Tartu_linnavalitsus, lk 32
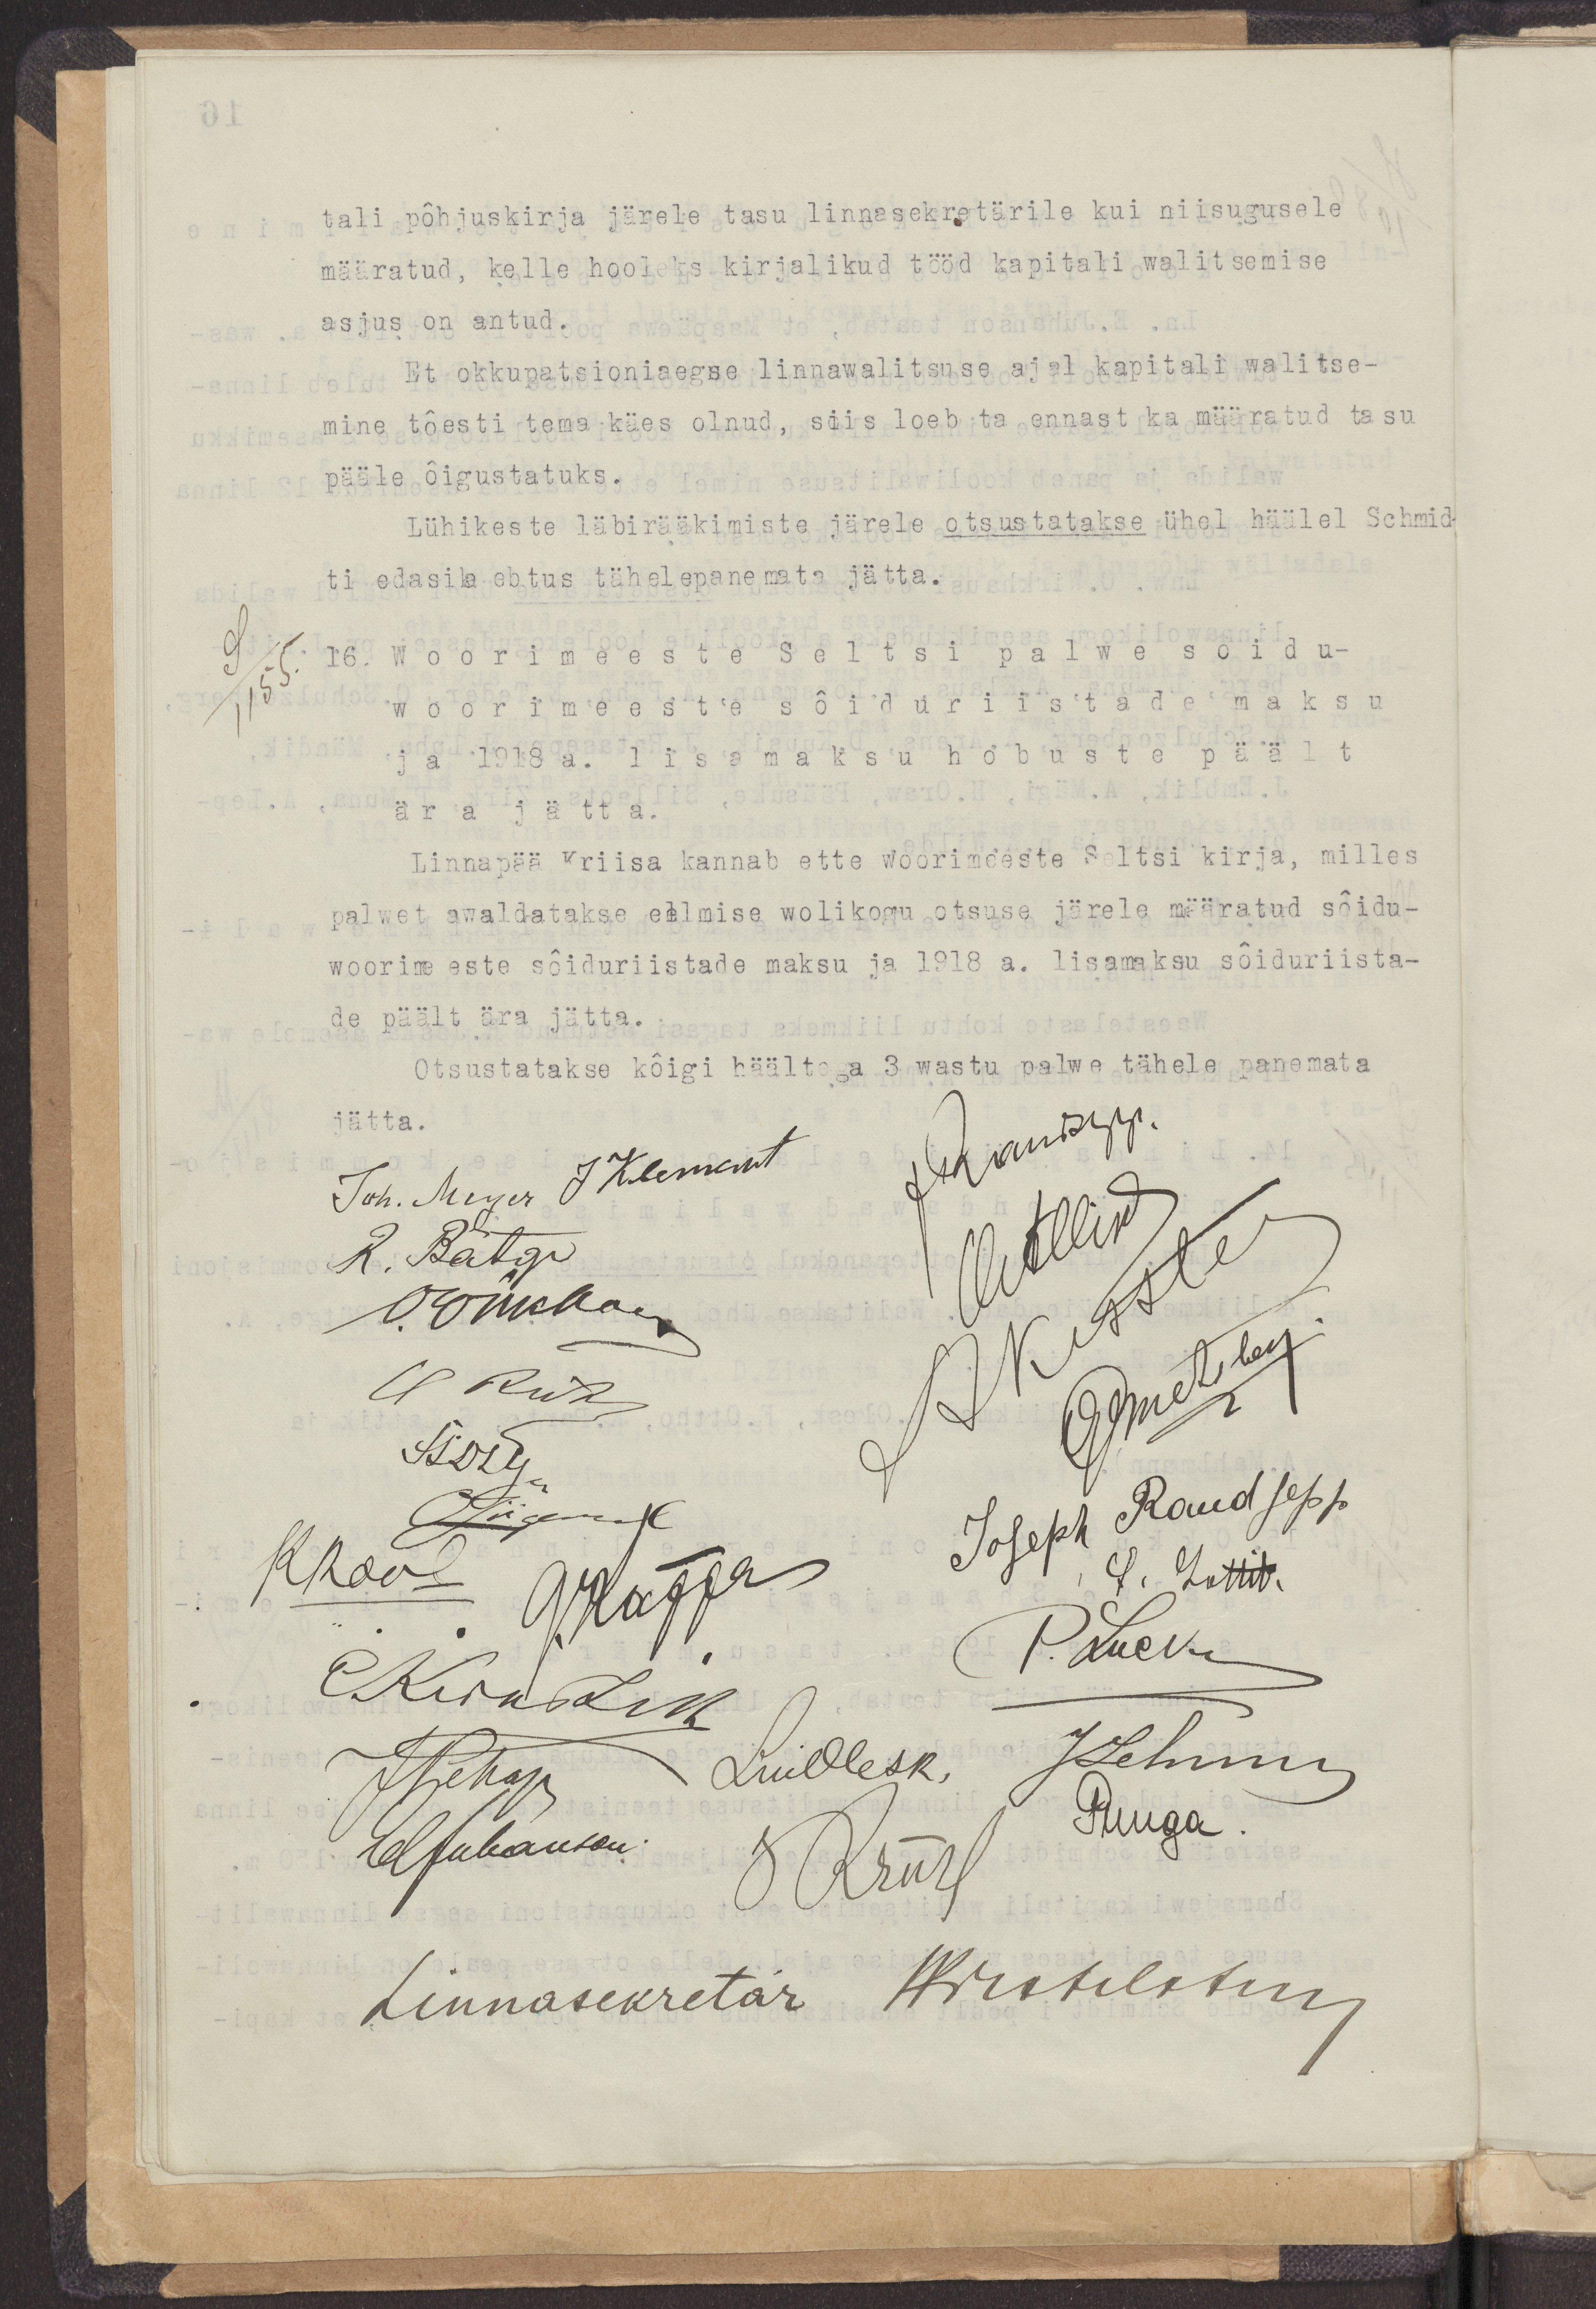
tali põhjuskirja järele tasu linnasekretärile kui niisugusele
määratud, kelle hooleks kirjalikud tööd kapitali walitsemise 
asjus on antud.
Et okkupatsioniaegse linnawalitsuse ajal kapitali walitse-
mine tõesti tema käes olnud, siis oleb ta ennast ka määratud tasu
pääle õigustatuks.
Lühikeste läbirääkimiste järele otsustatakse ühel häälel Schmid-
ti edasikaebtus tähelepanemata jätta.
16. Woorimeeste Seltsi palwe sõidu-
woorimeeste sõidutiistade maksu
ja 1918 a. lisamaksu hobuste päält
ära jätta.
Linnapää Kriisa kannab ette Woorimeeste Seltsi kirja, milles
palwet awaldatakse eelmise wolikogu otsuse järele määratud sõidu-
woorimeeste sõiduriistade maksu ja 1918 a. lisamaksu sõiduriista-
de päält ära jätta.
Otsustatakse kõigi häältega 3 wastu palwe tähele panemata
jätta.